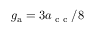
g _ { \mathrm { a } } = 3 a _ { \textnormal { c c } } / 8